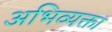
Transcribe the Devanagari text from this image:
अभिव्यक्ता